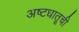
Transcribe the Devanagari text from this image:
अष्टधातूची